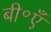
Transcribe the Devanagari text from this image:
बी॰एँ